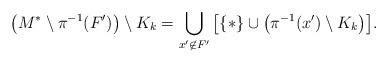
LaTeX: \begin{align*}\big(M^*\setminus \pi^{-1}(F')\big)\setminus K_k = \bigcup_{x'\not\in F'}\big[\{*\}\cup\big(\pi^{-1}(x')\setminus K_k\big)\big] . \end{align*}